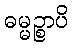
ဓမ္မဉ္စာပိ